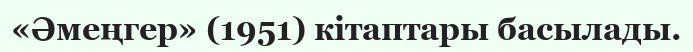
«Әмеңгер» (1951) кітаптары басылады.